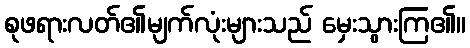
စုဖရားလတ်၏မျက်လုံးများသည် မှေးသွားကြ၏။